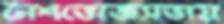
নৈশভোজসভায়